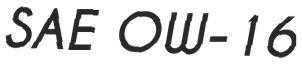
SAE OW-16